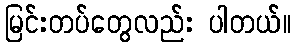
မြင်းတပ်တွေလည်း ပါတယ်။